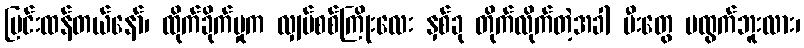
ပြင်းထန်တယ်နော်၊ ထိုက်ခိုက်မှုက လျှပ်စစ်ကြိုးလေး နှစ်ခု တိုက်လိုက်တဲ့အခါ မီးတွေ မထွက်ဘူးလား၊